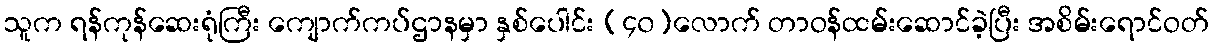
သူက ရန်ကုန်ဆေးရုံကြီး ကျောက်ကပ်ဌာနမှာ နှစ်ပေါင်း (၄၀)လောက် တာဝန်ထမ်းဆောင်ခဲ့ပြီး အစိမ်းရောင်ဝတ်